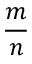
\frac { m } { n }